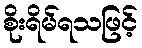
စိုးရိမ်ရသဖြင့်